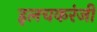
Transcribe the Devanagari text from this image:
इलचकरंजी